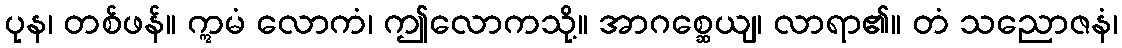
ပုန၊ တစ်ဖန်။ ဣမံ လောကံ၊ ဤလောကသို့။ အာဂစ္ဆေယျ၊ လာရာ၏။ တံ သညောဇနံ၊